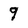
Character: 9